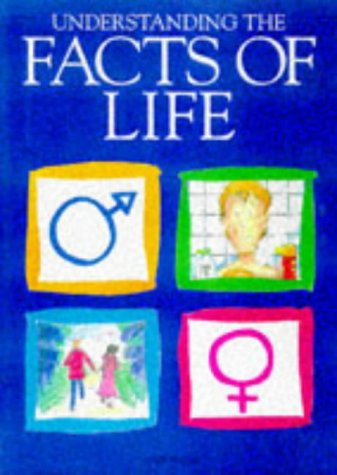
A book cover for Usborne Facts of Life (Facts of Life Series); Susan Meridith; Teen & Young Adult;